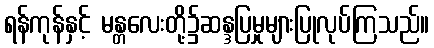
ရန်ကုန်နှင့် မန္တလေးတို့၌ဆန္ဒပြမှုများပြုလုပ်ကြသည်။